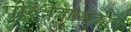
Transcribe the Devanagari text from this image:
परिक्षेत्राधिकारी